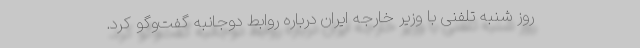
روز شنبه تلفنی با وزیر خارجه ایران درباره روابط دوجانبه گفت‌وگو کرد.